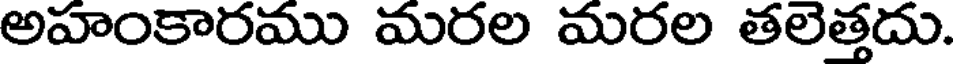
అహంకారము మరల మరల తలెత్తదు.